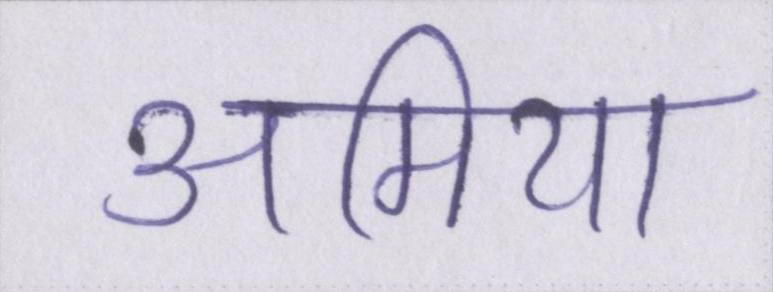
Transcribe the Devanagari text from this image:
अमिया